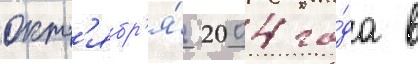
окт'ябр'я́ 2004 го́да в